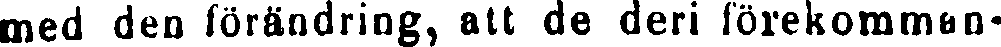
med den förändring, att de deri förekomman-